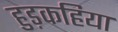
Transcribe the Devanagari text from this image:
हुड़कहिया